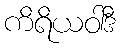
ကိရိယဝါဒီ